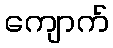
ကျောက်